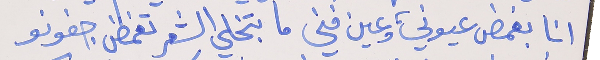
انا بغمض عيوني، وعين فني     ما بتخلي الشعر تغمض جفونو